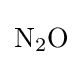
{\mathrm {N} {\vphantom {A}}_{\smash[{t}]{2}}\mathrm {O} }